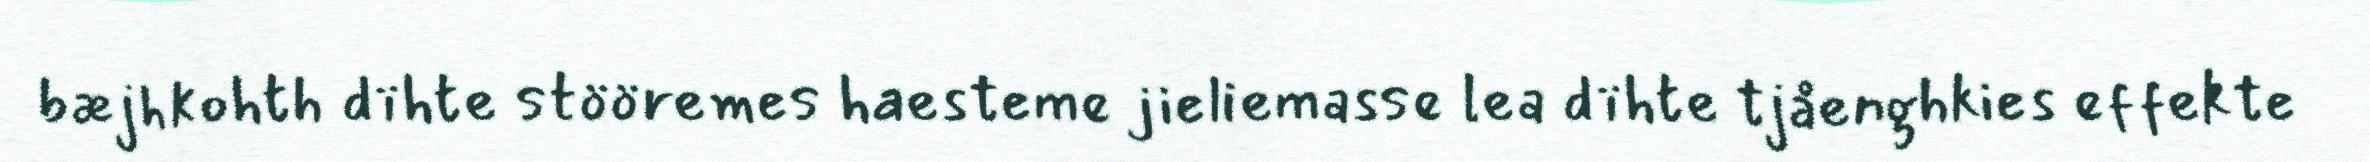
bæjhkohth dïhte stööremes haesteme jieliemasse lea dïhte tjåenghkies effekte